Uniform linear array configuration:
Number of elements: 16
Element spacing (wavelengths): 0.5
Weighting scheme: kaiser
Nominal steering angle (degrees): -30
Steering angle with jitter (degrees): -29.93
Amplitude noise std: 0.05
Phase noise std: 0.05

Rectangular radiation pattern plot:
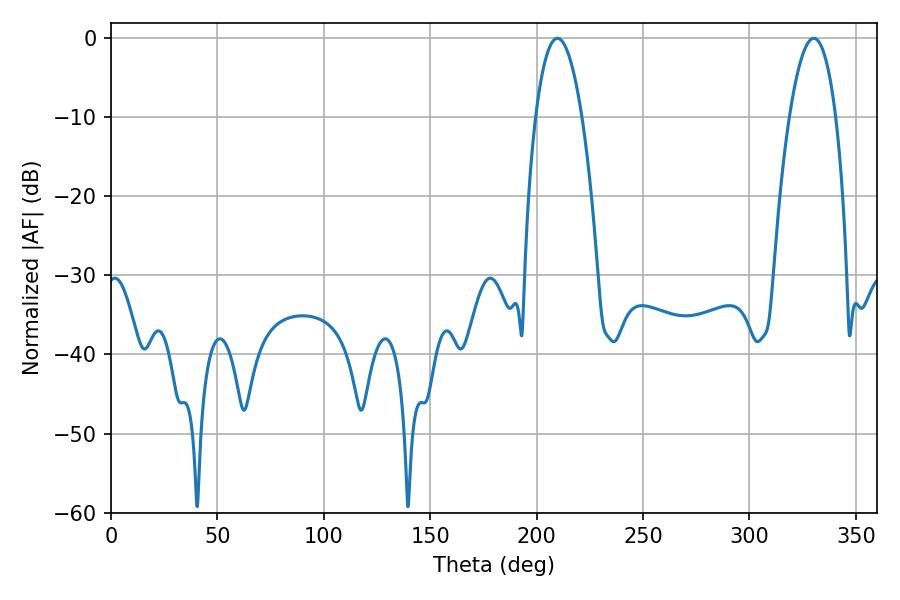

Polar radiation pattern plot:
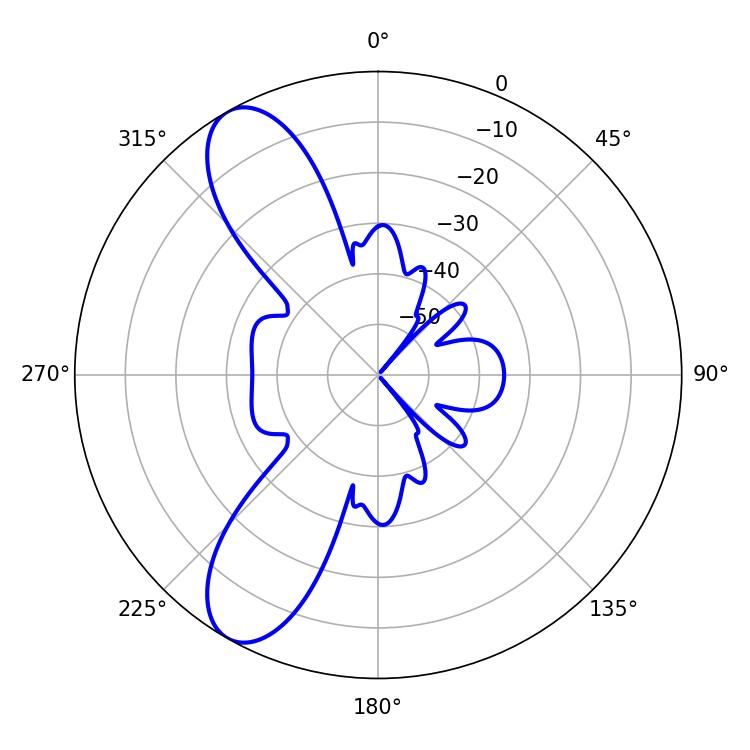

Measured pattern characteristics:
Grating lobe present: FALSE
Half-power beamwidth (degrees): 12.06
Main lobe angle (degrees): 209.7